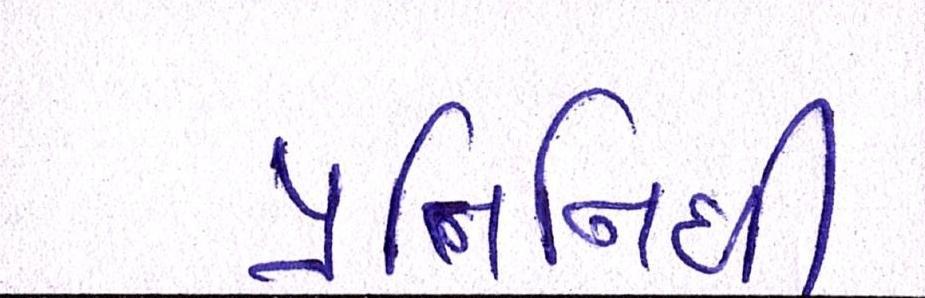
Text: પ્રતિનિધી